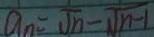
a _ { n } = \sqrt { n } - \sqrt { n - 1 }